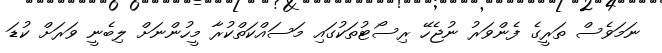
ނަމަވެސް ތަރީގެ ފެންވަރު ނުޖެހޭ ރިސޯޓުތަކުގައި މަސައްކަތްކުރާ މީހުންނަށް ލިބެނީ ވަރަށް ކުޑަ